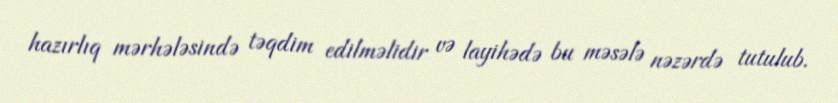
hazırlıq mərhələsində təqdim edilməlidir və layihədə bu məsələ nəzərdə tutulub.